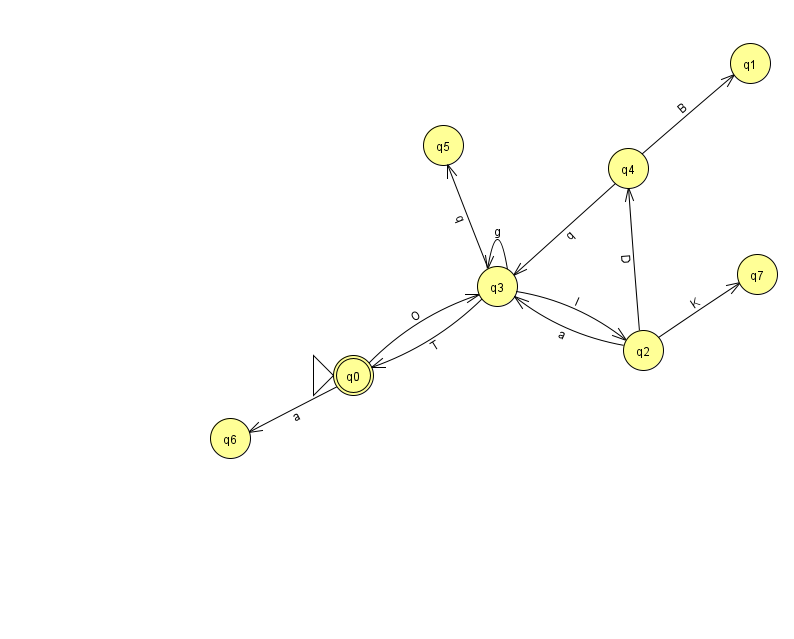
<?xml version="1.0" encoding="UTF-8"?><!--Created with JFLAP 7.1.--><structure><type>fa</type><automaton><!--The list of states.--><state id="0" name="q0"><x>353.0</x><y>362.0</y><initial/><final/></state><state id="1" name="q1"><x>750.0</x><y>50.0</y></state><state id="2" name="q2"><x>643.0</x><y>337.0</y></state><state id="3" name="q3"><x>497.0</x><y>273.0</y></state><state id="4" name="q4"><x>628.0</x><y>155.0</y></state><state id="5" name="q5"><x>443.0</x><y>132.0</y></state><state id="6" name="q6"><x>230.0</x><y>425.0</y></state><state id="7" name="q7"><x>757.0</x><y>261.0</y></state><!--The list of transitions.--><transition><from>4</from><to>1</to><read>B</read></transition><transition><from>0</from><to>3</to><read>O</read></transition><transition><from>2</from><to>3</to><read>a</read></transition><transition><from>3</from><to>3</to><read>g</read></transition><transition><from>2</from><to>4</to><read>D</read></transition><transition><from>4</from><to>3</to><read>q</read></transition><transition><from>2</from><to>7</to><read>K</read></transition><transition><from>3</from><to>5</to><read>q</read></transition><transition><from>0</from><to>6</to><read>a</read></transition><transition><from>3</from><to>0</to><read>T</read></transition><transition><from>3</from><to>2</to><read>I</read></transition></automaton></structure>